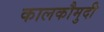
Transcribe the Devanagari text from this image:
कालकौमुदी